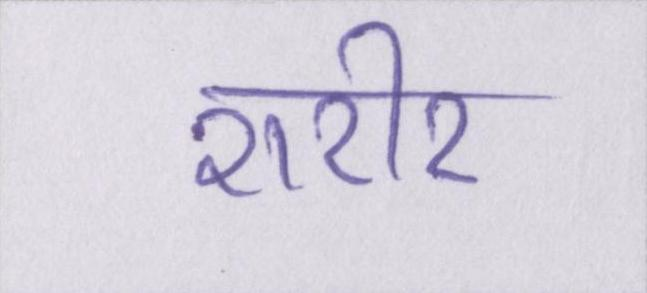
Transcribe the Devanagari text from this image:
शरीर